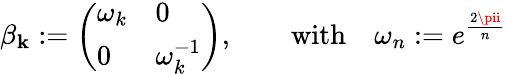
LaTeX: \beta_{\mathbf{k}}:=\left(\begin{array}{ll}{{\omega_{k}}}&{{0}}\\ {{0}}&{{\omega_{k}^{-1}}}\end{array}\right),\qquad\mathrm{{with}}\quad\omega_{n}:=e^{\frac{{2\pii}}{{n}}}